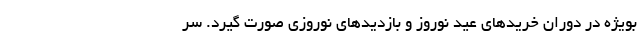
بویژه در دوران خریدهای عید نوروز و بازدیدهای نوروزی صورت گیرد. سر